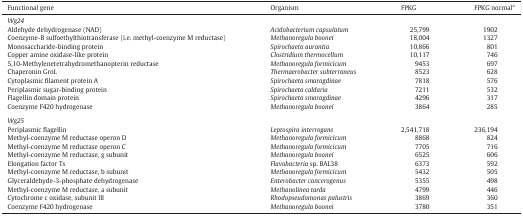
<table><thead><tr><td><b>Functional gene</b></td><td><b>Organism</b></td><td><b>FPKG</b></td><td><b>FPKG normala</b></td></tr></thead><tbody><tr><td colspan="4"><i>Wg24</i></td></tr><tr><td>Aldehyde dehydrogenase (NAD)</td><td><i>Acidobacterium capsulatum</i></td><td>25,799</td><td>1902</td></tr><tr><td>Coenzyme-B sulfoethylthiotransferase (i.e. methyl-coenzyme M reductase)</td><td><i>Methanoregula boonei</i></td><td>18,004</td><td>1327</td></tr><tr><td>Monosaccharide-binding protein</td><td><i>Spirochaeta aurantia</i></td><td>10,866</td><td>801</td></tr><tr><td>Copper amine oxidase-like protein</td><td><i>Clostridium thermocellum</i></td><td>10,117</td><td>746</td></tr><tr><td>5,10-Methylenetetrahydromethanopterin reductase</td><td><i>Methanoregula formicicum</i></td><td>9453</td><td>697</td></tr><tr><td>Chaperonin GroL</td><td><i>Thermaerobacter subterraneus</i></td><td>8523</td><td>628</td></tr><tr><td>Cytoplasmic filament protein A</td><td><i>Spirochaeta smaragdinae</i></td><td>7818</td><td>576</td></tr><tr><td>Periplasmic sugar-binding protein</td><td><i>Spirochaeta caldaria</i></td><td>7211</td><td>532</td></tr><tr><td>Flagellin domain protein</td><td><i>Spirochaeta smaragdinae</i></td><td>4296</td><td>317</td></tr><tr><td>Coenzyme F420 hydrogenase</td><td><i>Methanoregula boonei</i></td><td>3864</td><td>285</td></tr><tr><td colspan="4">  </td></tr><tr><td colspan="4"><i>Wg25</i></td></tr><tr><td>Periplasmic flagellin</td><td><i>Leptospira interrogans</i></td><td>2,541,718</td><td>236,194</td></tr><tr><td>Methyl-coenzyme M reductase operon D</td><td><i>Methanoregula formicicum</i></td><td>8868</td><td>824</td></tr><tr><td>Methyl-coenzyme M reductase operon C</td><td><i>Methanoregula formicicum</i></td><td>7705</td><td>716</td></tr><tr><td>Methyl-coenzyme M reductase, g subunit</td><td><i>Methanoregula boonei</i></td><td>6525</td><td>606</td></tr><tr><td>Elongation factor Ts</td><td><i>Flavobacteria</i> sp. BAL38</td><td>6373</td><td>592</td></tr><tr><td>Methyl-coenzyme M reductase, b subunit</td><td><i>Methanoregula formicicum</i></td><td>5432</td><td>505</td></tr><tr><td>Glyceraldehyde-3-phosphate dehydrogenase</td><td><i>Enterobacter cancerogenus</i></td><td>5355</td><td>498</td></tr><tr><td>Methyl-coenzyme M reductase, a subunit</td><td><i>Methanolinea tarda</i></td><td>4799</td><td>446</td></tr><tr><td>Cytochrome c oxidase, subunit III</td><td><i>Rhodopseudomonas palustris</i></td><td>3869</td><td>360</td></tr><tr><td>Coenzyme F420 hydrogenase</td><td><i>Methanoregula boonei</i></td><td>3780</td><td>351</td></tr></tbody></table>